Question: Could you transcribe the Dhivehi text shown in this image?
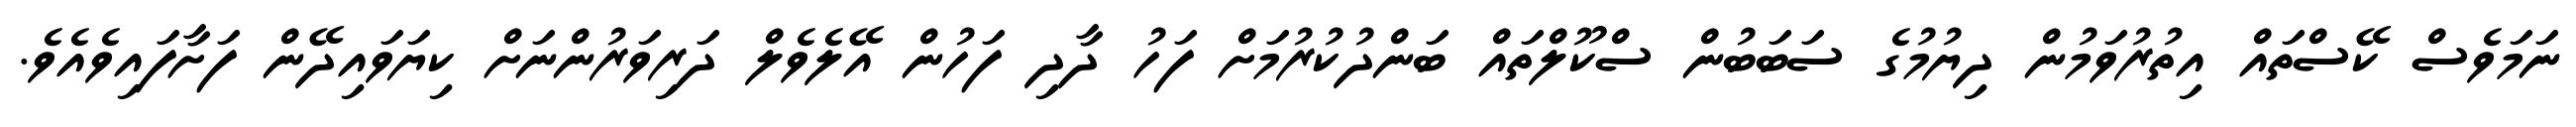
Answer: ނަމަވެސް ކޭސްތައް އިތުރުވަމުން ދިޔުމުގެ ސަބަބުން ސްކޫލްތައް ބަންދުކުރުމަށް ފަހު ދާދި ފަހުން އޭލެވެލް ދަރިވަރުންނަށް ކިޔަވައިދޭން ފަށާފައިވެއެވެ.